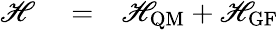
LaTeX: \begin{array}{rlr}{\mathscr{H}}&{{}=}&{\mathscr{H}_{\textrm{QM}}+\mathscr{H}_{\textrm{GF}}}\end{array}